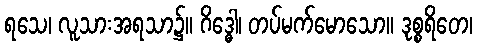
ရသေ၊ လူသားအရသာ၌။ ဂိဒ္ဓေါ၊ တပ်မက်မောသော။ ဒုစ္စရိတေ၊